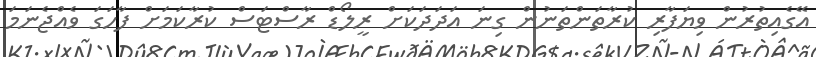
އޭގެއިތުރުން ވިޔަފާރި ކުރާތަންތަނުން ގިނަ އަދަދަކަށް ރީލޯޑް ރާސްޓަސް ކުރާކަމަށް ފާހަގަ ވެއްޖެނަމަ